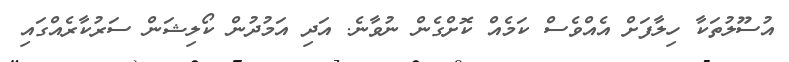
އުސޫލުތަކާ ހިލާފަށް އެއްވެސް ކަމެއް ކޮށްގެން ނުވާނެ. އަދި އަމުދުން ކޯލިޝަން ސަރުކާރެއްގައި